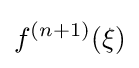
f^{(n+1)}(\xi )